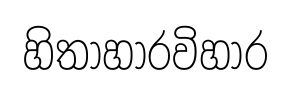
හිතාහාරවිහාර